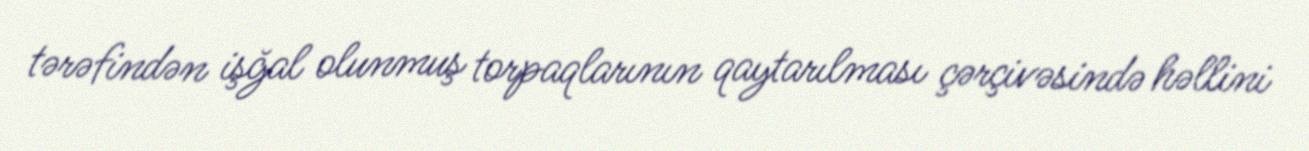
tərəfindən işğal olunmuş torpaqlarının qaytarılması çərçivəsində həllini